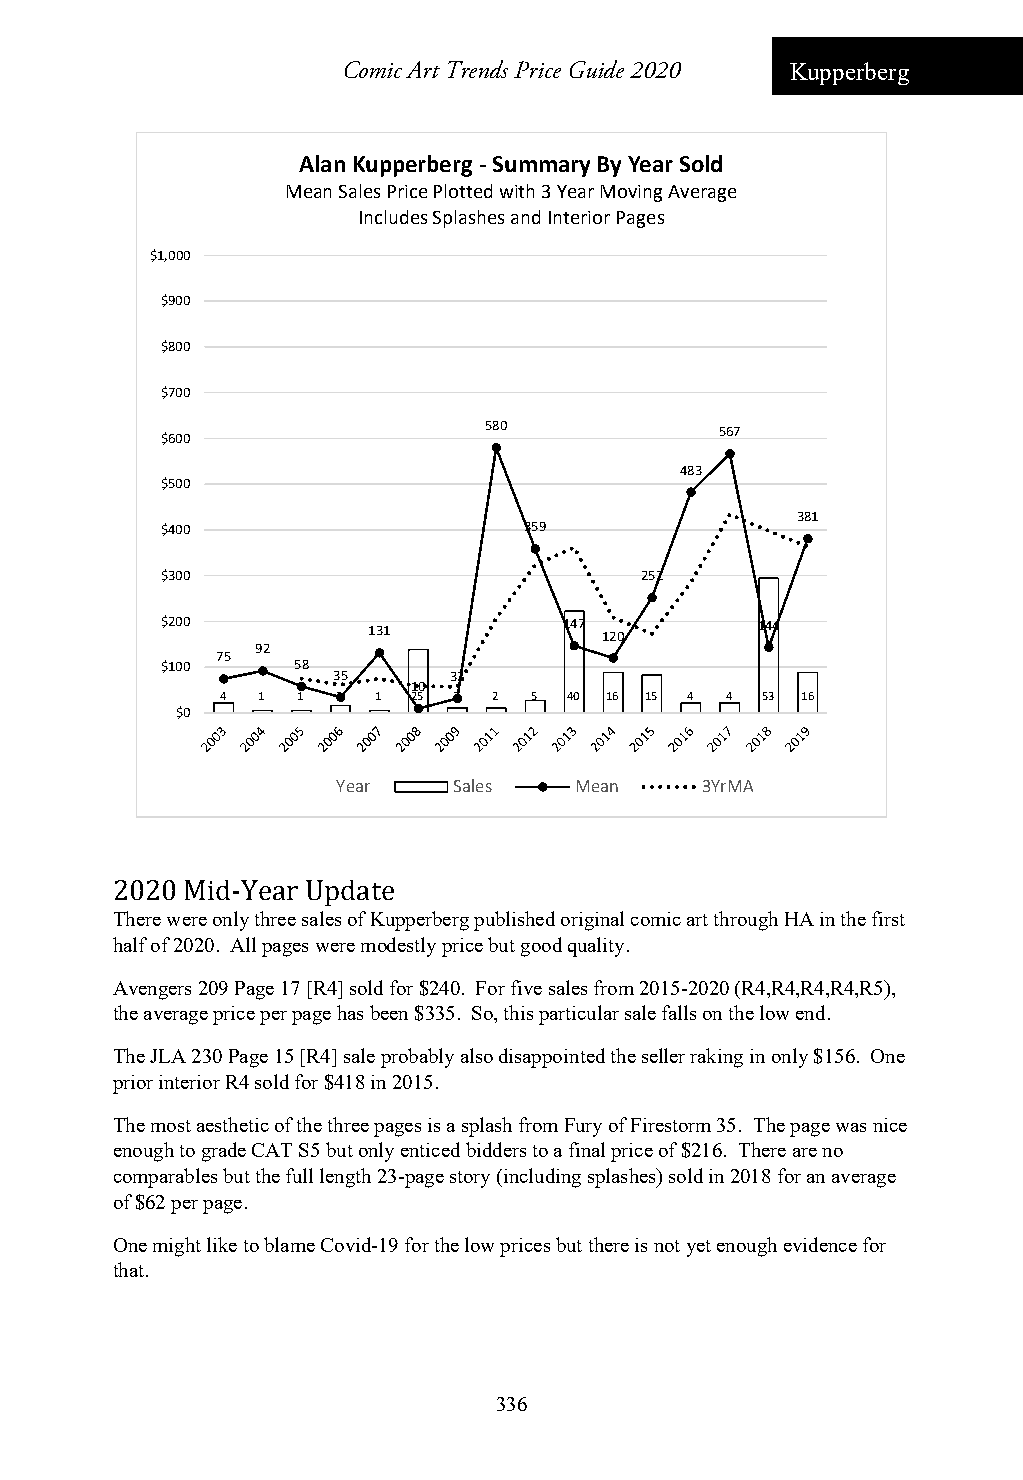
Comic Art Trends Price Guide 2020 Kupperberg
 Alan Kupperberg ‐Summary By Year Sold
 Mean Sales Price Plotted with 3 Year Moving Average
 Includes Splashes and Interior Pages
 $1,000
 $900
 $800
 $700
 580             567
 $600
 483
 $500
 381
 $400                    359
 $300                           252
 $200         131          147 120      144
 92
 75
 $100    58
 35      32
 10
 4 1  1 3  1 25 2  2 5  40 16 15 4 4 53 16
 $0
 Year    Sales   Mean    3YrMA
 2020 Mid-Year Update
 There were only three sales of Kupperberg published original comic art through HA in the first
 half of 2020. All pages were modestly price but good quality.
 Avengers 209 Page 17 [R4] sold for $240. For five sales from 2015-2020 (R4,R4,R4,R4,R5),
 the average price per page has been $335. So, this particular sale falls on the low end.
 The JLA 230 Page 15 [R4] sale probably also disappointed the seller raking in only $156. One
 prior interior R4 sold for $418 in 2015.
 The most aesthetic of the three pages is a splash from Fury of Firestorm 35. The page was nice
 enough to grade CAT S5 but only enticed bidders to a final price of $216. There are no
 comparables but the full length 23-page story (including splashes) sold in 2018 for an average
 of $62 per page.
 One might like to blame Covid-19 for the low prices but there is not yet enough evidence for
 that.
 336